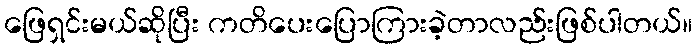
ဖြေရှင်းမယ်ဆိုပြီး ကတိပေးပြောကြားခဲ့တာလည်းဖြစ်ပါတယ်။